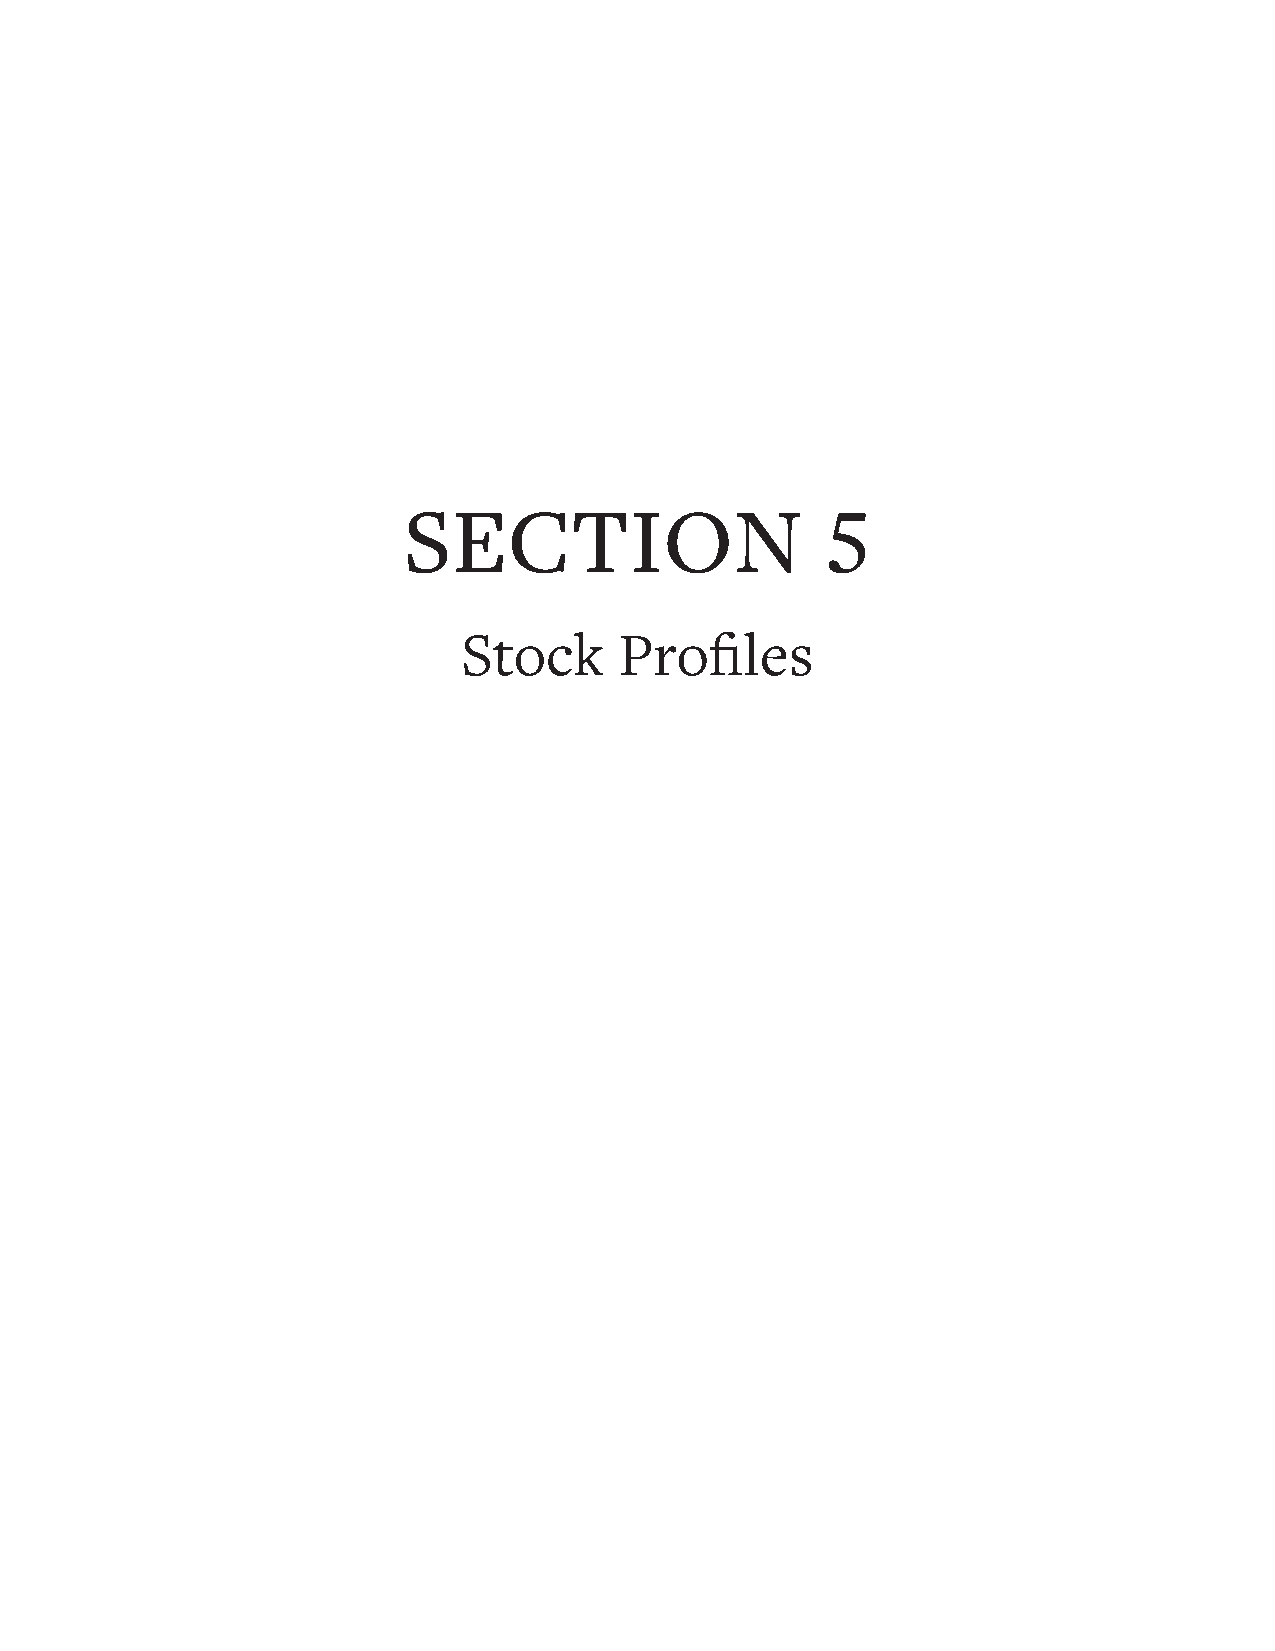
SECTION                     5
 Stock     Profi   les
 Stock
 Profi
 les